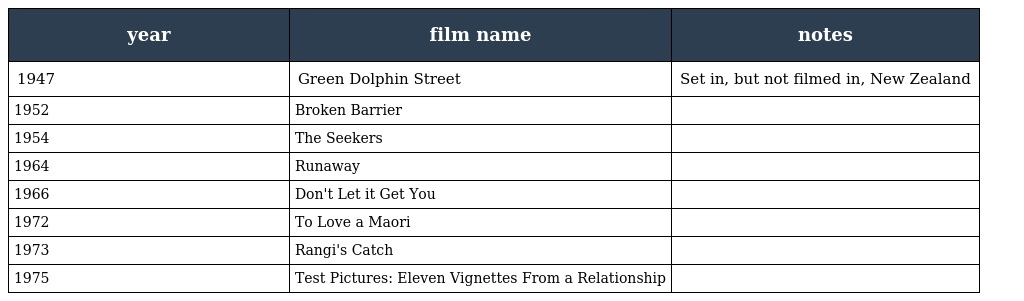
| year | film name | notes |
 | --- | --- | --- |
 | 1947 | Green Dolphin Street | Set in, but not filmed in, New Zealand |
 | 1952 | Broken Barrier |  |
 | 1954 | The Seekers |  |
 | 1964 | Runaway |  |
 | 1966 | Don't Let it Get You |  |
 | 1972 | To Love a Maori |  |
 | 1973 | Rangi's Catch |  |
 | 1975 | Test Pictures: Eleven Vignettes From a Relationship |  |